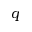
q